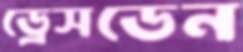
ড্রেসডেন